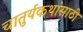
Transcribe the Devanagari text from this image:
चातुर्यकथांसाठी